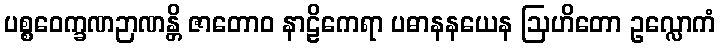
ပစ္စဝေက္ခဏဉာဏန္တိ ဇာတောဝ နာဠိကေရာ ပဓာနနယေန ဩဟိတော ဥလ္လောကံ